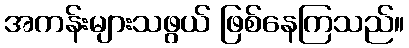
အကန်းများသဖွယ် ဖြစ်နေကြသည်။